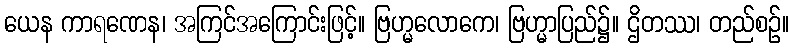
ယေန ကာရဏေန၊ အကြင်အကြောင်းဖြင့်။ ဗြဟ္မလောကေ၊ ဗြဟ္မာပြည်၌။ ဌိတဿ၊ တည်စဉ်။